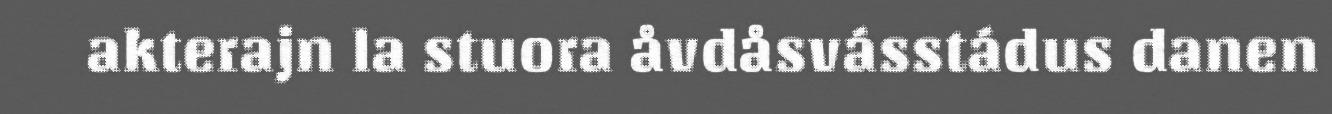
akterajn la stuora åvdåsvásstádus danen